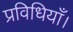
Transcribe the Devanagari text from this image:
प्रविधियाँ।